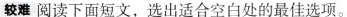
较难 阅读下面短文,选出适合空白处的最佳选项。